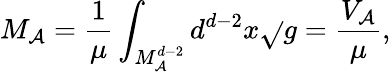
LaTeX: M_{\mathcal{A}}=\frac{{1}}{{\mu}}\int_{M_{\mathcal{A}}^{d-2}}d^{d-2}x\sqrt{}{{g}}=\frac{{V_{\mathcal{A}}}}{{\mu}},